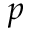
p